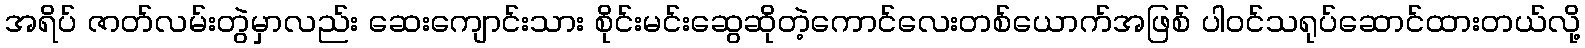
အရိပ် ဇာတ်လမ်းတွဲမှာလည်း ဆေးကျောင်းသား စိုင်းမင်းဆွေဆိုတဲ့ကောင်လေးတစ်ယောက်အဖြစ် ပါဝင်သရုပ်ဆောင်ထားတယ်လို့